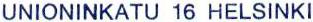
UNIONINKATU 16 HELSINKI